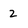
Character: 2